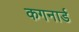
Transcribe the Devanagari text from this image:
कगनार्ड